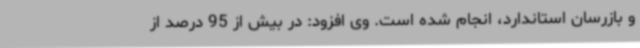
و بازرسان استاندارد، انجام شده است. وی افزود: در بیش از 95 درصد از